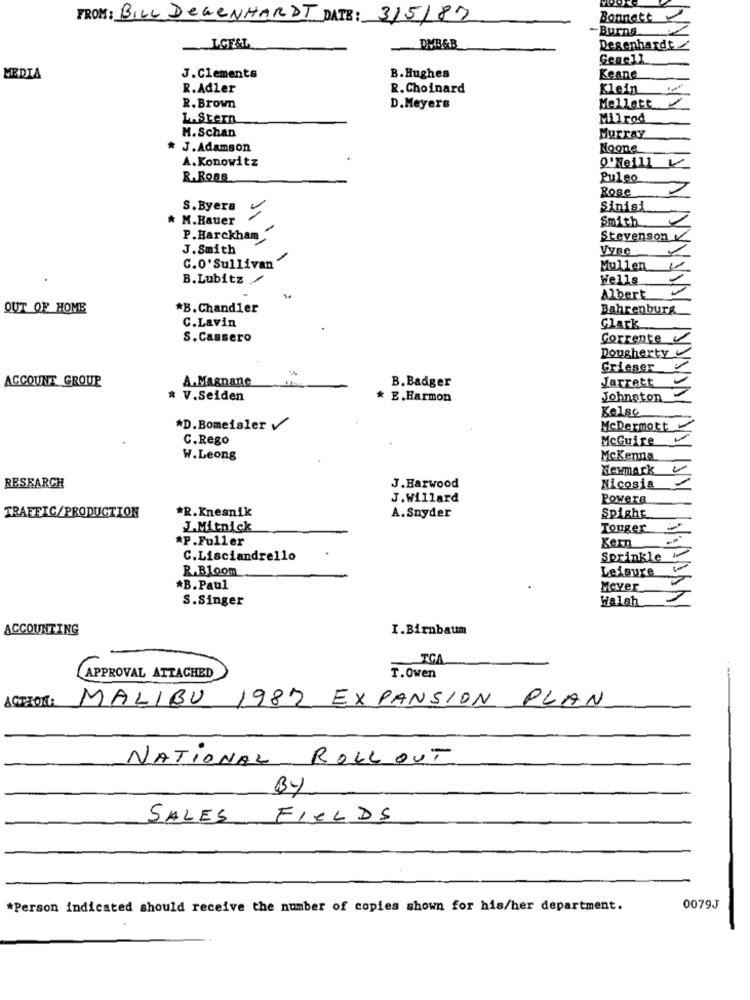
FROM : BILL DEGENHARDT DATE : 3/5/87
Bonnett
-Burna
DVB&B
Degenhardt.
Genel1
MEDIA
J.Clements
B. Hughes
Keane
R.Adler
R.Choinard
Klein
Mellett
R. Brown
D.Meyers
L.Stern
Milrod
M.Schan
Murray
* J. Adamson
Noone
A.Konowitz
Q'Neill
R.Ross
Puleo
Rone
S.Byera
Sinisi
M.Hauer
Smith
P.Harckham
Stevenson
J.Smith
Vyne
C.O'Sullivan
Mullen
B. Lubitz
Wells
Albert
OUT OF HOME
*B.Chandler
Bahrenburg
C.Lavin
Clark
S. Cassero
Corrente
Dougherty
Grieser
ACCOUNT GROUP
A.Magnane
B. Badger
Jarrett
V.Seiden
E.Harmon
Johnston
Kelse
*D.Bomeisler
Mcdermott
C. Rego
McGuire
W.Leong
McKenna
Newmark
RESEARCH
J. Harwood
Nicosia
J.Willard
Powers
TRAFFIC/PRODUCTION
*R.Knesnik
A.Snyder
Spighe
J.Mitnick
Touger
*P.Fuller
Kern
C.Lisciandrello
Sprinkle
R.Bloom
Leisure
*B. Paul
Mever
S.Singer
Walsh
ACCOUNTING
I.Birnbaum
IGA
APPROVAL ATTACHED
T.Owen
ACTION:
MALIBU 1987 EXPANSION PLAN
NATIONAL ROLL OUT
BY
SALES FIELDS
*Person indicated should receive the number of copies shown for his/her department.
0079J